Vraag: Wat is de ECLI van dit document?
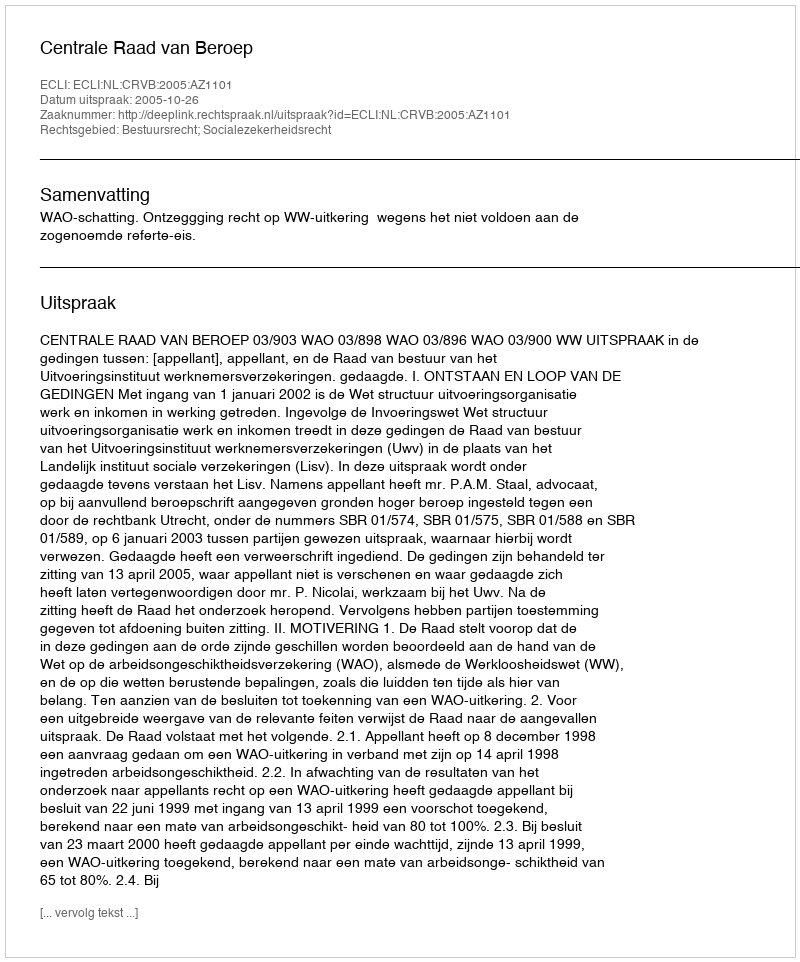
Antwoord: ECLI:NL:CRVB:2005:AZ1101